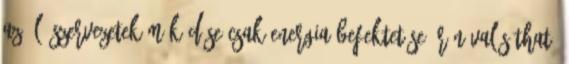
az élő szervezetek működése csak energia befektetése árán valósítható